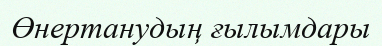
Өнертанудың ғылымдары